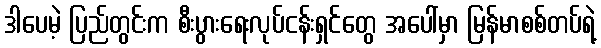
ဒါပေမဲ့ ပြည်တွင်းက စီးပွားရေးလုပ်ငန်းရှင်တွေ အပေါ်မှာ မြန်မာစစ်တပ်ရဲ့